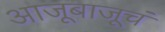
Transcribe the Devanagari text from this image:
आजूबाजूचं